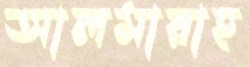
আলমারাহ